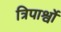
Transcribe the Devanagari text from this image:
त्रिपार्श्वो